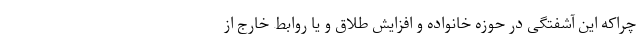
چراکه این آشفتگی در حوزه خانواده و افزایش طلاق و یا روابط خارج از